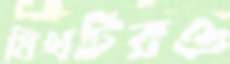
মিথটিরও